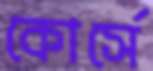
কোর্সে